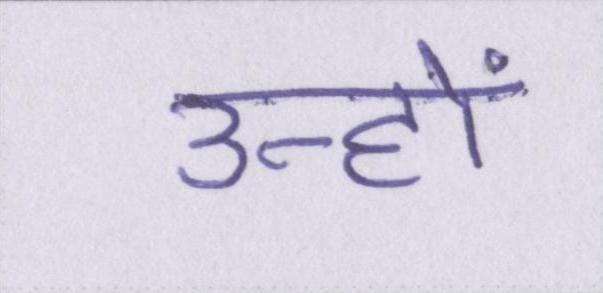
उन्हों